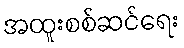
အထူးစစ်ဆင်ရေး